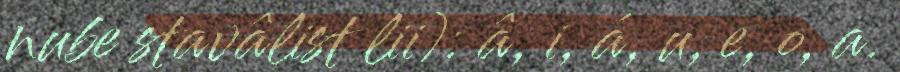
nube stavâlist lii): â, i, á, u, e, o, a.